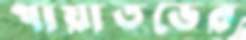
পায়াতভের